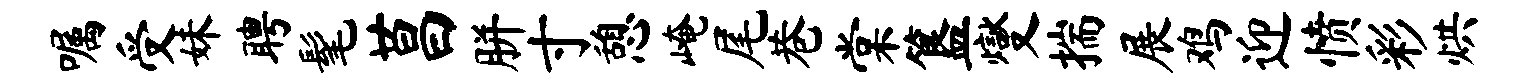
嘱受妹聘髦莒胼寸憩崦尾巷棠簋燮揣展鸡迎愤彩烘